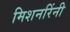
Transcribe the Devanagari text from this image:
मिशनरिंनी